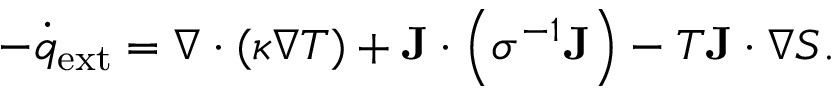
- { \dot { q } } _ { \mathrm { e x t } } = \nabla \cdot ( \kappa \nabla T ) + \mathbf { J } \cdot \left( \sigma ^ { - 1 } \mathbf { J } \right) - T \mathbf { J } \cdot \nabla S .